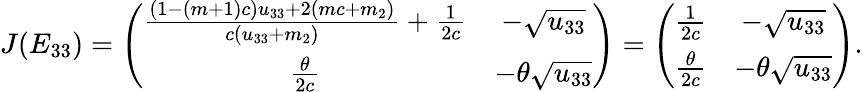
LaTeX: J(E_{33})=\left(\begin{array}{cc}{\frac{(1-(m+1)c)u_{33}+2(mc+m_{2})}{c(u_{33}+m_{2})}+\frac{1}{2c}}&{-\sqrt{u_{33}}}\\ {\frac{\theta}{2c}}&{-\theta\sqrt{u_{33}}}\end{array}\right)=\left(\begin{array}{cc}{\frac{1}{2c}}&{-\sqrt{u_{33}}}\\ {\frac{\theta}{2c}}&{-\theta\sqrt{u_{33}}}\end{array}\right).